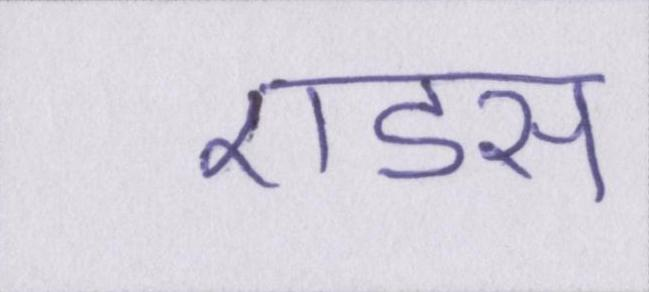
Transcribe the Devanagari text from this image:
एडस